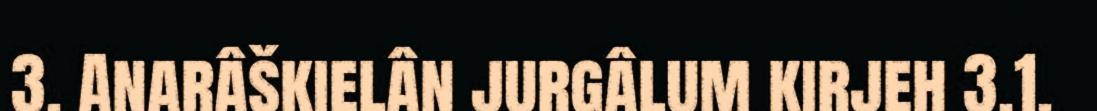
3. Anarâškielân jurgâlum kirjeh 3.1.